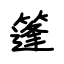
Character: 篷